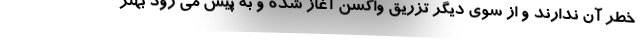
خطر آن ندارند و از سوی دیگر تزریق واکسن آغاز شده و به پیش می رود بهتر